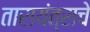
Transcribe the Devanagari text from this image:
तारायंत्राचे